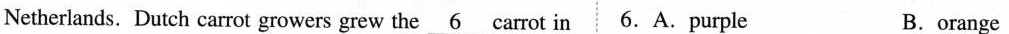
Netherlands. Dutch carrot growers grew the \underline{6} carrot in 6.A. purple B. orange